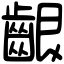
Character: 齦